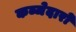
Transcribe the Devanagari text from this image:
कब्जेदारों